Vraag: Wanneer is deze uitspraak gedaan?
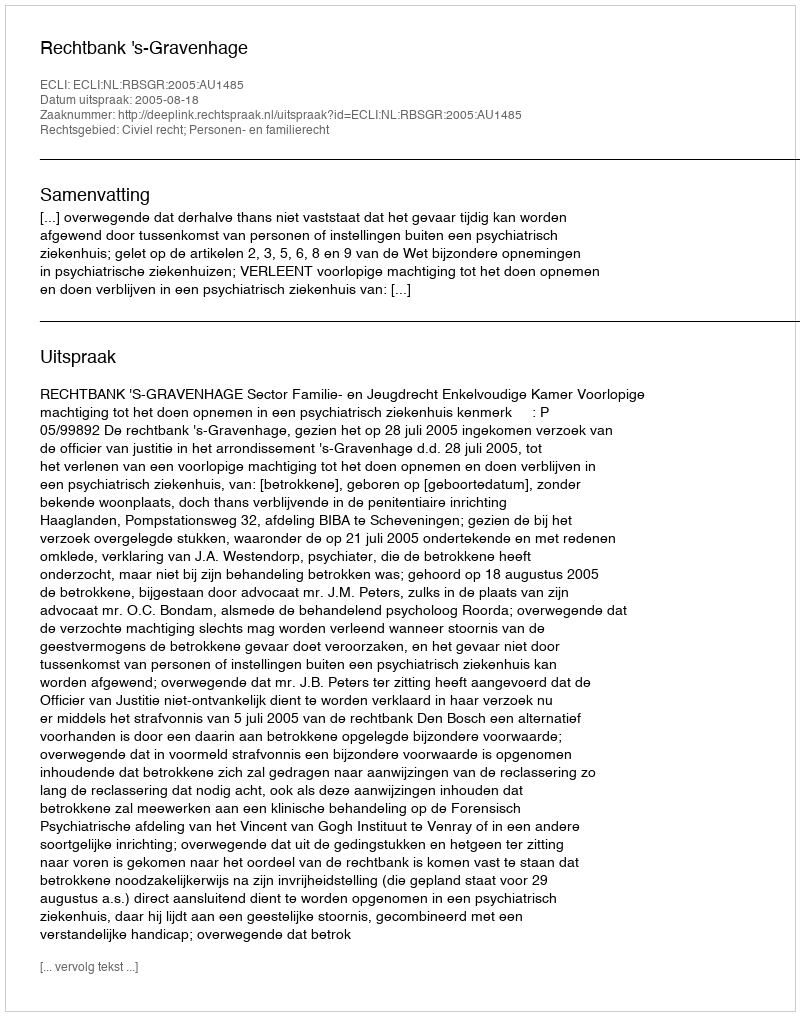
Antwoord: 2005-08-18